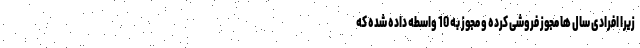
زیرا افرادی سال ها مجوز فروشی کرده و مجوز به 10 واسطه داده شده که